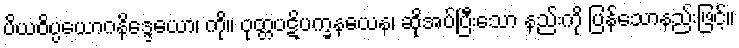
ပိယဝိပ္ပယောဂနိဒ္ဒေယော၊ ကို။ ဝုတ္တပဋိပက္ခနယေန၊ ဆိုအပ်ပြီးသော နည်းကို ပြန်သောနည်းဖြင့်။